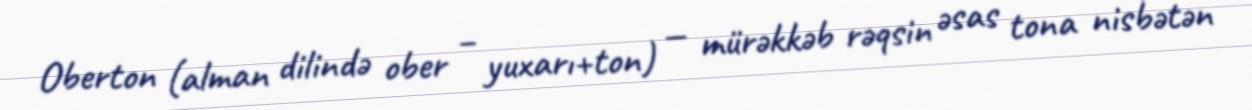
Oberton (alman dilində ober – yuxarı+ton) — mürəkkəb rəqsin əsas tona nisbətən